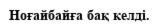
Ноғайбайға бақ келді.